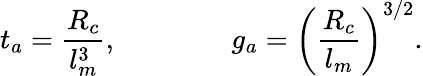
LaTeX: t_{a}={\frac{R_{c}}{l_{m}^{3}}},\qquad\qquad g_{a}=\left({\frac{R_{c}}{l_{m}}}\right)^{3/2}.